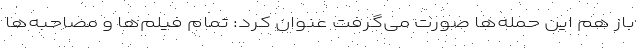
باز هم این حمله‌ها صورت می‌گرفت عنوان کرد: تمام فیلم‌ها و مصاحبه‌ها